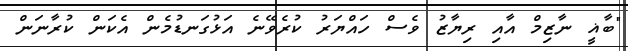
"ބާޣީ ނާޒިމް އާއި ރިޔާޒު ވެސް ހައްޔަރު ކުރެވޭނެ އަޅުގަނޑުމެން އެކަން ކުރާނަން